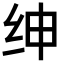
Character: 绅